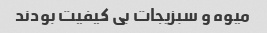
میوه و سبزیجات بی کیفیت بودند